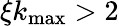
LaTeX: \xi k_{\mathrm{max}}>2